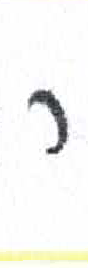
אות: ר